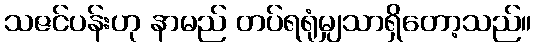
သဇင်ပန်းဟု နာမည် တပ်ရရုံမျှသာရှိတော့သည်။